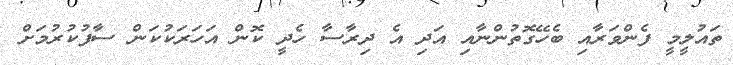
ތައުލީމީ ފެންވަރާއި ބެހޭގޮތުންނާއި އަދި އެ ދިރާސާ ހެދީ ކޮން އަހަރަކުކަން ސާފުކުރުމަށް